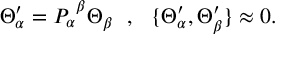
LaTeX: \Theta _ { \alpha } ^ { \prime } = P _ { \alpha } ^ { ~ \beta } \Theta _ { \beta } ~ ~ , ~ ~ \{ \Theta _ { \alpha } ^ { \prime } , \Theta _ { \beta } ^ { \prime } \} \approx 0 .